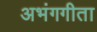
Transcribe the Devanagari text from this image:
अभंगगीता